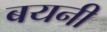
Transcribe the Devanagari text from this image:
बयनी